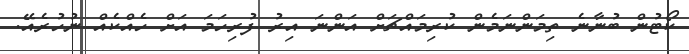
ކޯޓުން ބުނާނެ ތިމަންނަމެން ކުރިމައްޗަށް އަންނަ އިރު ފުރިހަމަ އަށް ހެއްކެއް ނުހުރެއޭ.